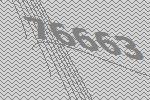
76663